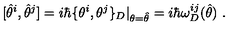
[ \hat { \theta } ^ { i } , \hat { \theta } ^ { j } ] = i \hbar \{ \theta ^ { i } , \theta ^ { j } \} _ { D } \vert _ { \theta = \hat { \theta } } = i \hbar \omega _ { D } ^ { i j } ( \hat { \theta } ) \ .